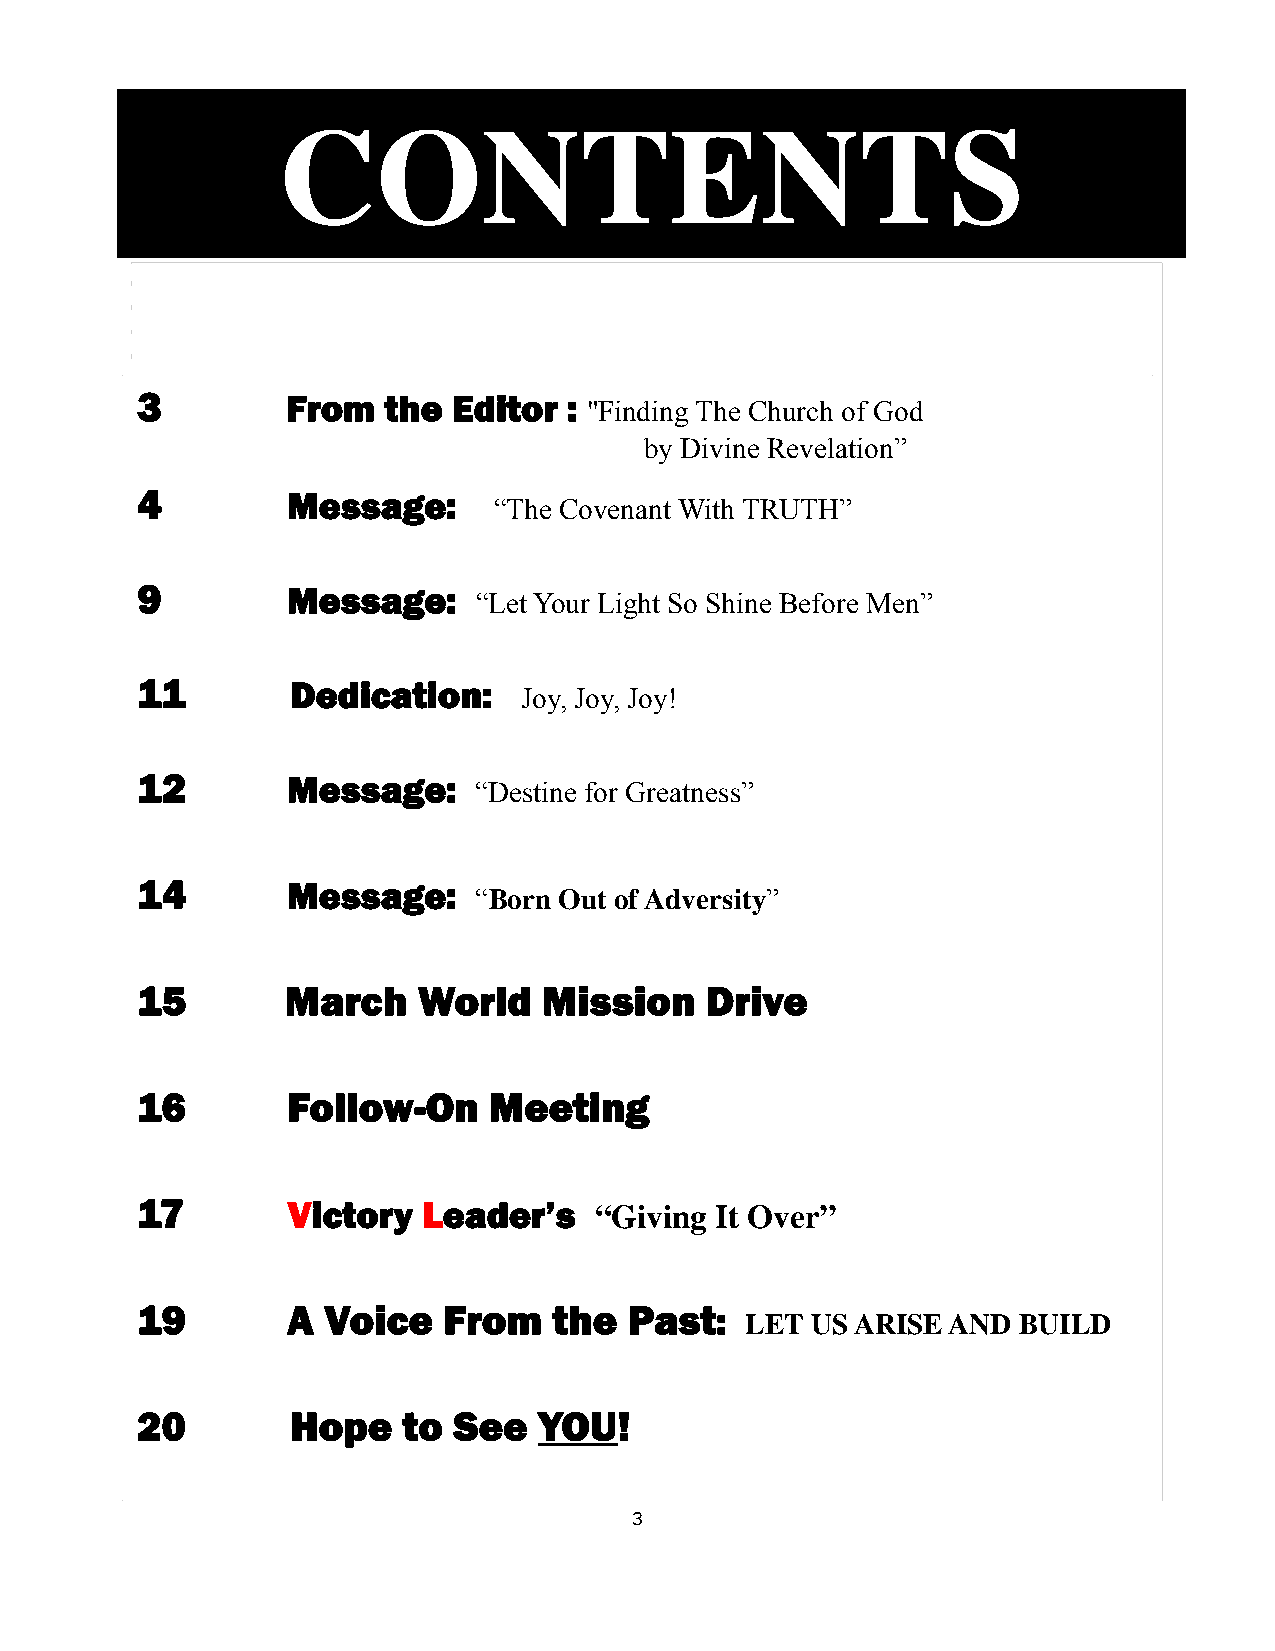
CONTENTS
 3         From  the  Editor  :
 "Finding The Church of God
 by Divine Revelation”
 4         Message:
 “The Covenant With TRUTH”
 9         Message:
 “Let Your Light So Shine Before Men”
 11        Dedication:
 Joy, Joy, Joy!
 12        Message:
 “Destine for Greatness”
 14        Message:
 “Born Out of Adversity”
 15        March    World   Mission    Drive
 16        Follow-On    Meeting
 17        Victory  Leader’s   “Giving It Over”
 19        A Voice   From    the  Past:
 LET  US ARISE AND BUILD
 20        Hope    to See   YOU!
 3